Taavet_Bergmanni_abiraha_sihtasutus, lk 27
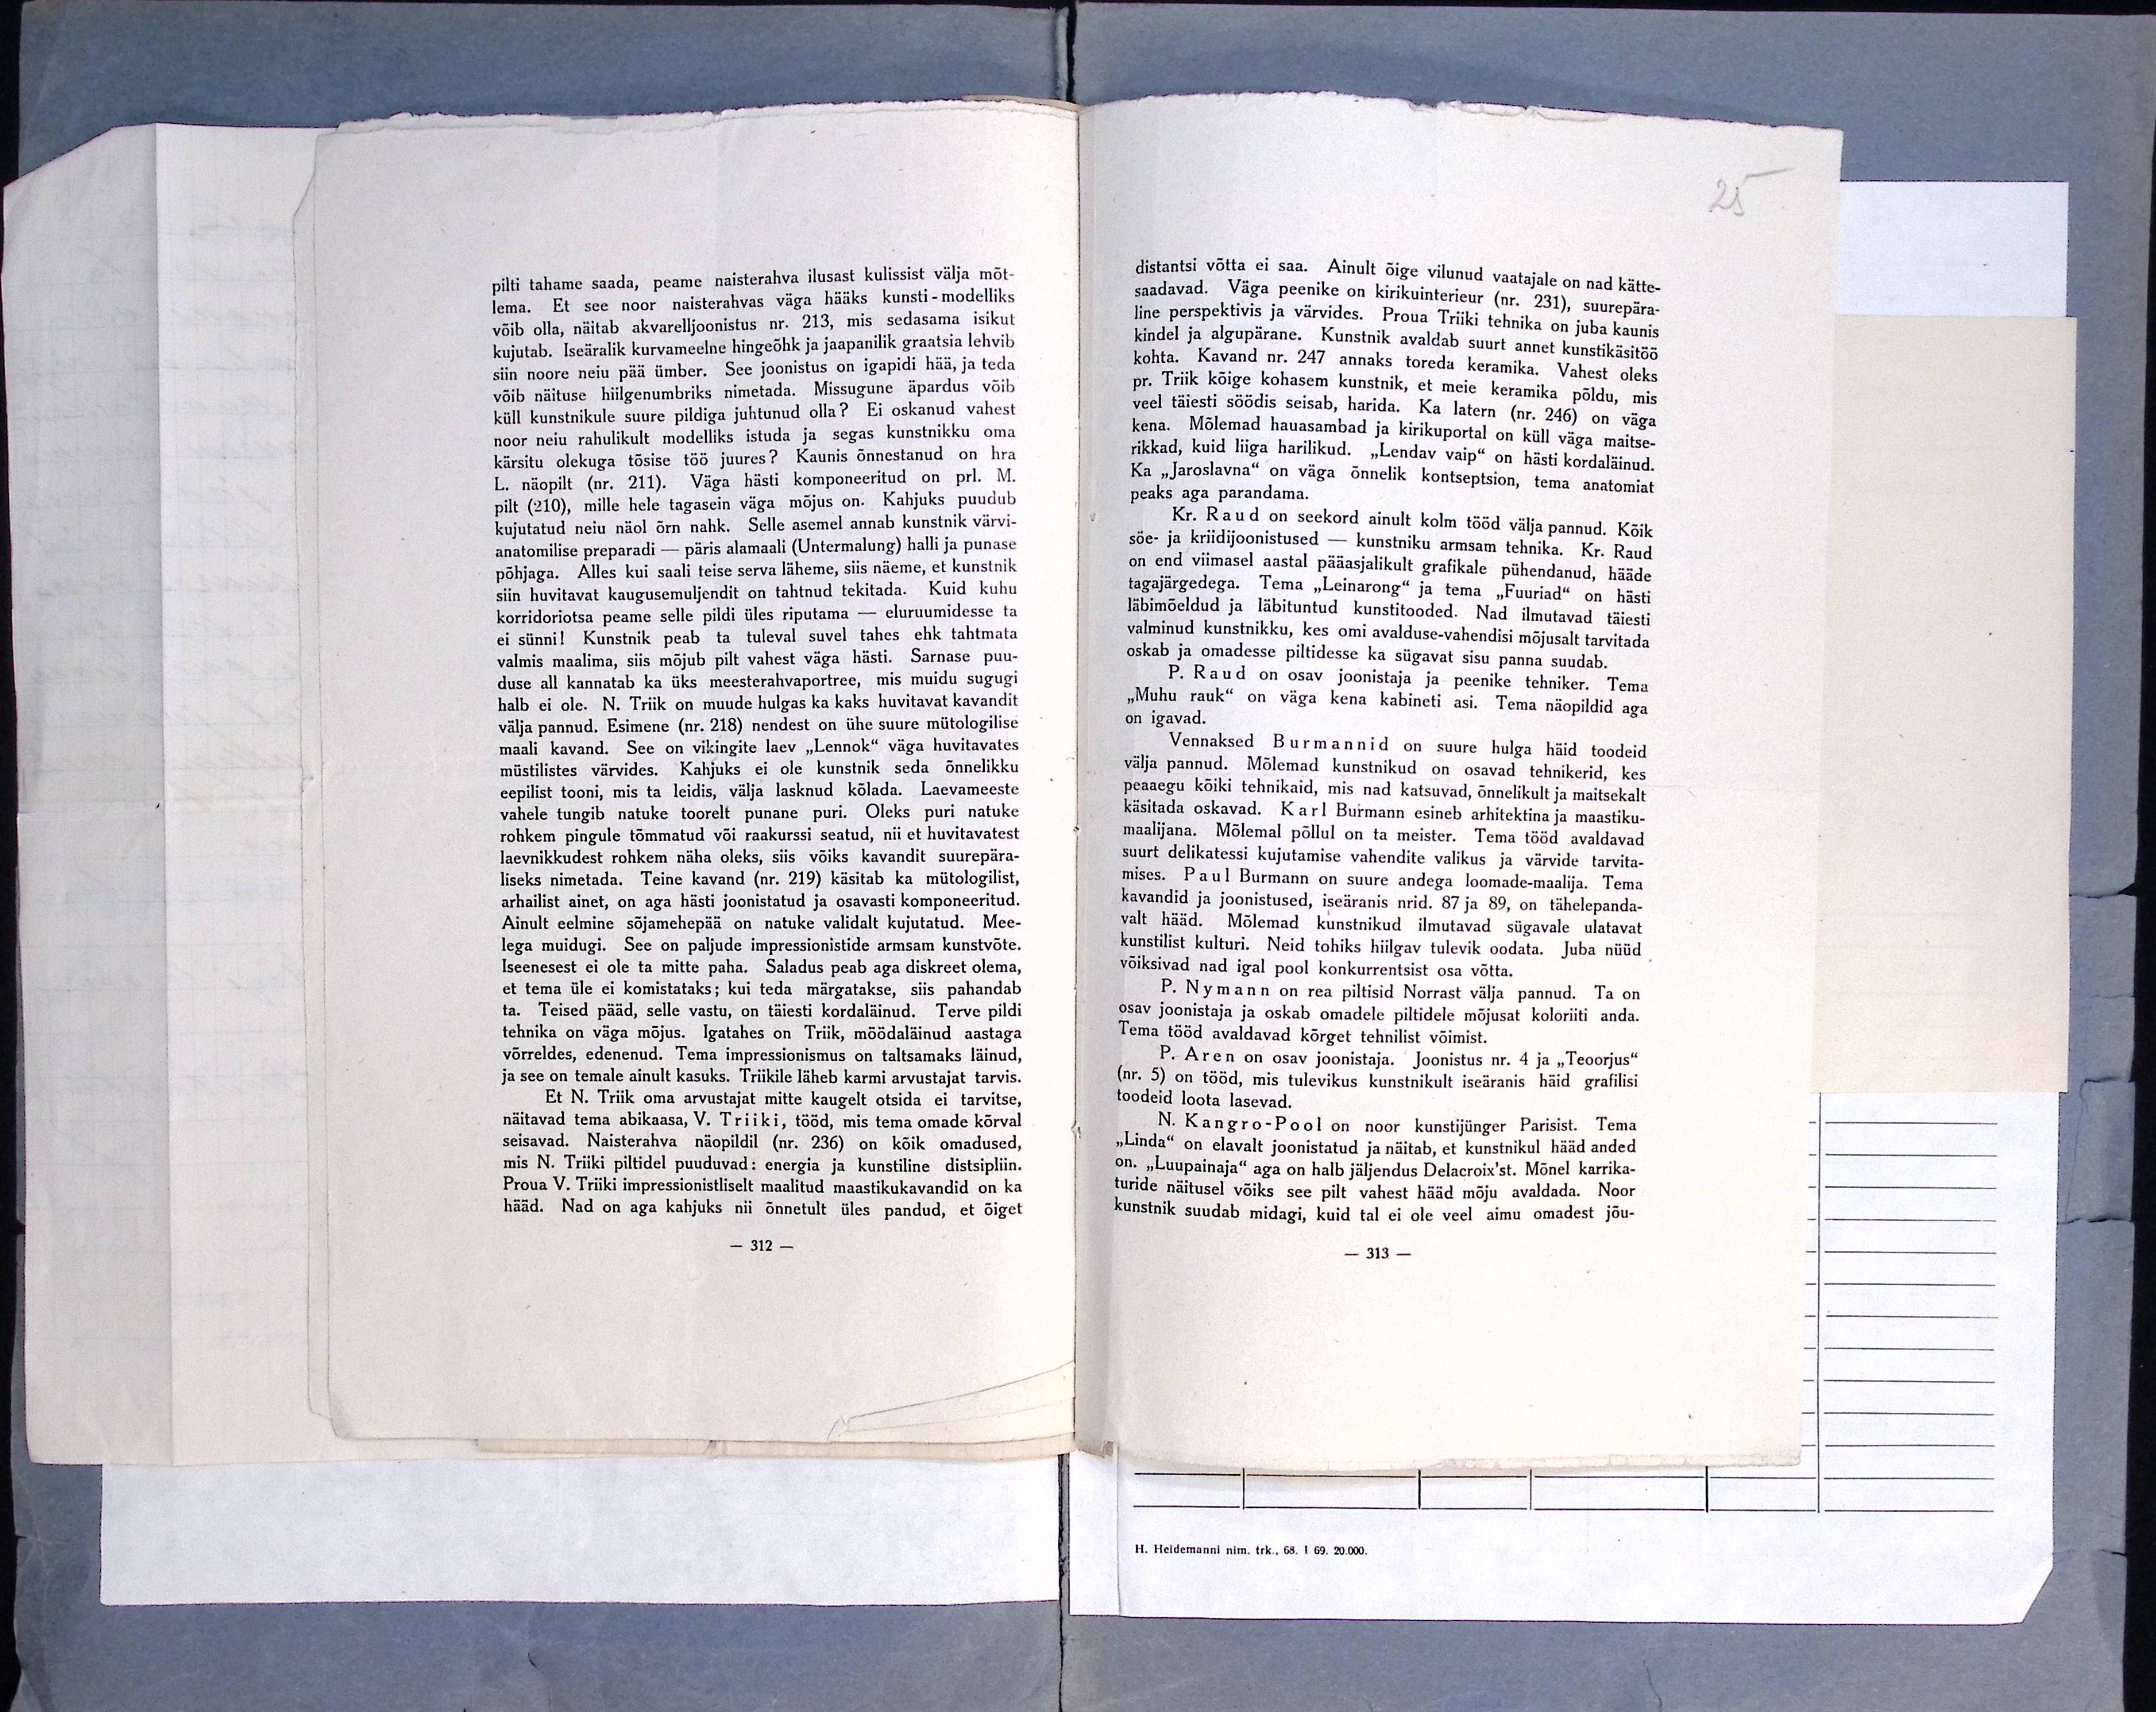
25

pilti tahame saada, peame naisterahva ilusast kulissist välja mõt-
lema. Et see noor naisterahvas väga hääks kunsti-modelliks
võib olla, näitab akvarelljoonistus nr. 213, mis sedasama isikut
kujutab. Iseäralik kurvameelne hingeõhk ja jaapanilik graatsia lehvib
siin noore neiu pää ümber. See joonistus on igapidi hää, ja teda
võib näituse hiilgenumbriks nimetada. Missugune äpardus võib
küll kunstnikule suure pildiga juhtunud olla? Ei oskanud vahest
noor neiu rahulikult modelliks istuda ja segas kunstnikku oma
kärsitu olekuga tõsise töö juures? Kaunis õnnestanud on hra
L. näopilt (nr. 211). Väga hästi komponeeritud on prl. M.
pilt (210), mille hele tagasein väga mõjus on. Kahjuks puudub
kujutatud neiu näol õrn nahk. Selle asemel annab kunstnik värvi-
anatomilise preparadi - päris alamaali (Untermalung) halli ja punase
põhjaga. Alles kui saali teise serva läheme, siis näeme, et kunstnik
siin huvitavat kaugusemuljendit on tahtnud tekitada. Kuid kuhu
korridoriotsa peame selle pildi üles riputama - eluruumidesse ta
ei sünni! Kunstnik peab ta tuleval suvel tahes ehk tahtmata
valmis maalima, siis mõjub pilt vahest väga hästi. Sarnase puu-
duse all kannatab ka üks meesterahvaportree, mis muidu sugugi
halb ei ole. N. Triik on muude hulgas ka kaks huvitavat kavandit
välja pannud. Esimene (nr. 218) nendest on ühe suure mütologilise
maali kavand. See on vikingite laev "Lennok" väga huvitavates
müstilistes värvides. Kahjuks ei ole kunstnik seda õnnelikku
eepilist tooni, mis ta leidis, välja lasknud kõlada. Laevameeste
vahele tungib natuke toorelt punane puri. Oleks puri natuke
rohkem pingule tõmmatud või raakurssi seatud, nii et huvitavatest
laevnikkudest rohkem näha oleks, siis võiks kavandit suurepära-
liseks nimetada. Teine kavand (nr. 219) käsitab ka mütologilist,
arhailist ainet, on aga hästi joonistatud ja osavasti komponeeritud.
Ainult eelmine sõjamehepää on natuke validalt kujutatud. Mee-
lega muidugi. See on paljude impressionistide armsam kunstvõte.
Iseenesest ei ole ta mitte paha. Saladus peab aga diskreet olema,
et tema üle ei komistataks; kui teda märgatakse, siis pahandab
ta. Teised pääd, selle vastu, on täiesti kordaläinud. Terve pildi
tehnika on väga mõjus. Igatahes on Triik, möödaläinud aastaga
võrreldes, edenenud. Tema impressionismus on taltsamaks läinud,
ja see on temale ainult kasuks. Triikile läheb karmi arvustajat tarvis.
Et N. Triik oma arvustajat mitte kaugelt otsida ei tarvitse,
näitavad tema abikaasa, V. Triiki, tööd, mis tema omade kõrval
seisavad. Naisterahva näopildil (nr. 236) on kõik omadused,
mis N. Triiki piltidel puuduvad: energia ja kunstiline distsipliin.
Proua V. Triiki impressionistliselt maalitud maastikukavandid on ka
hääd. Nad on aga kahjuks nii õnnetult üles pandud, et õiget
312

distantsi võtta ei saa. Ainult õige vilunud vaatajale on nad kätte-
saadavad. Väga peenike on kirikuinterieur (nr. 231), suurepära-
line perspektivis ja värvides. Proua Triiki tehnika on juba kaunis
kindel ja algupärane. Kunstnik avaldab suurt annet kunstikäsitöö
kohta. Kavand nr. 247 annaks toreda keramika. Vahest oleks
pr. Triik kõige kohasem kunstnik, et meie keramika põldu, mis
veel täiesti söödis seisab, harida. Ka latern (nr. 246) on väga
kena. Mõlemad hauasambad ja kirikuportal on küll väga maitse-
rikkad, kuid liiga harilikud. "Lendav vaip" on hästi kordaläinud.
Ka "Jaroslavna" on väga õnnelik kontseptsion, tema anatomiat
peaks aga parandama.
Kr. Raud on seekord ainult kolm tööd välja pannud. Kõik
söe- ja kriidijoonistused - kunstniku armsam tehnika. Kr. Raud
on end viimasel aastal pääasjalikult grafikale pühendanud, hääde
tagajärgedega. Tema "Leinarong" ja tema „Fuuriad" on hästi
läbimõeldud ja läbituntud kunstitooded. Nad ilmutavad täiesti
valminud kunstnikku, kes omi avalduse-vahendisi mõjusalt tarvitada
oskab ja omadesse piltidesse ka sügavat sisu panna suudab.
P. Raud on osav joonistaja ja peenike tehniker. Tema
„Muhu rauk" on väga kena kabineti asi. Tema näopildid aga
on igavad.
Vennaksed Burmannid on suure hulga häid toodeid
välja pannud. Mõlemad kunstnikud on osavad tehnikerid, kes
peaaegu kõiki tehnikaid, mis nad katsuvad, õnnelikult ja maitsekalt
käsitada oskavad. Karl Burmann esineb arhitektina ja maastiku-
maalijana. Mõlemal põllul on ta meister. Tema tööd avaldavad
suurt delikatessi kujutamise vahendite valikus ja värvide tarvita-
mises. Paul Burmann on suure andega loomade-maalija. Tema
kavandid ja joonistused, iseäranis nrid. 87 ja 89, on tähelepanda-
valt hääd. Mõlemad kunstnikud ilmutavad sügavale ulatavat
kunstilist kulturi. Neid tohiks hiilgav tulevik oodata. Juba nüüd
võiksivad nad igal pool konkurrentsist osa võtta.
P. Nymann on rea piltisid Norrast välja pannud. Ta on
osav joonistaja ja oskab omadele piltidele mõjusat koloriiti anda.
Tema tööd avaldavad kõrget tehnilist võimist.
P. Aren on osav joonistaja. Joonistus nr. 4 ja "Teoorjus"
(nr. 5) on tööd, mis tulevikus kunstnikult iseäranis häid graftisi
toodeid loota lasevad.
N. Kangro-Pool on noor kunstijünger Parisist. Tema
"Linda" on elavalt joonistatud ja näitab, et kunstnikul hääd anded
on. "Luupainaja" aga on halb jäljendus Delacroix´st. Mõnel karrika-
turide näitusel võiks see pilt vahest hääd mõju avaldada. Noor
kunstnik suudab midagi, kuid tal ei ole veel aimu omadest jõu-
313